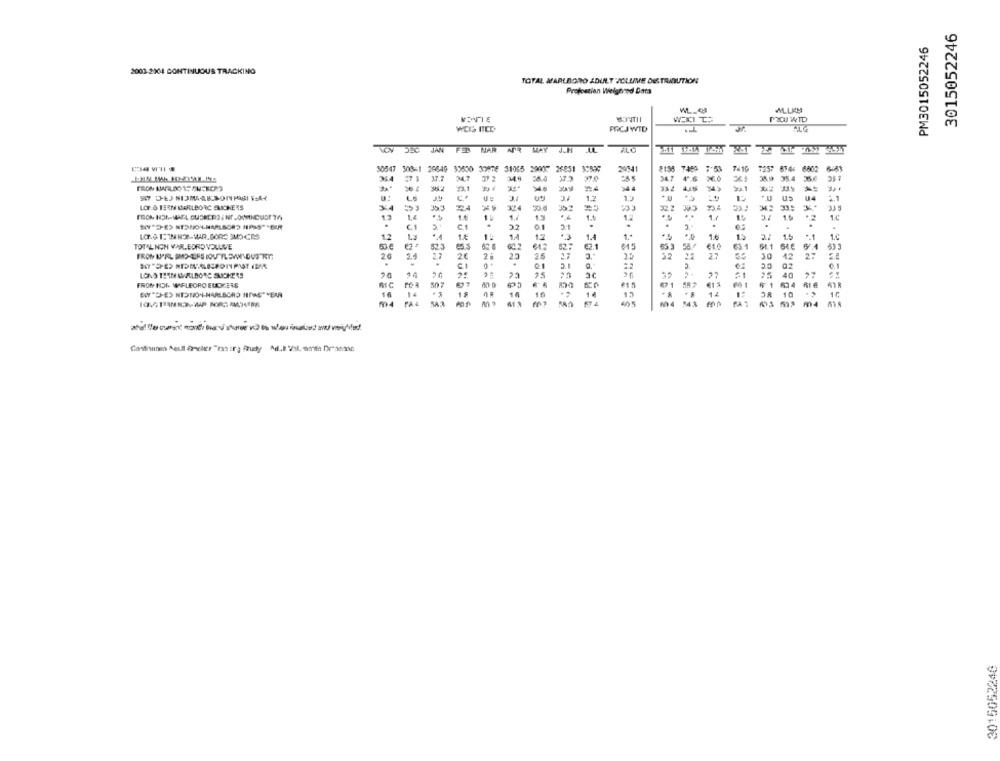
3015052246
PM3015052246
2002-2X4 CONTINUOUS TRACKING
TOTAL MARLBORO ADULT VOLUME DETRIDUTION
Profeszian Weighed Data
MOVIE
PICU WTD
PRCJWTD
FEB NAR AFR WAY JJH JUL
50547 308-1 20649
35650 3397E 31065 29907 26851 3:597
8158 7459
7419
204
6002
34,7
37 2
349
36.0
341
36.0
36.9 35.4
34
1.2
1.3
04
LOF & TERM MARLBORC SUCIKERS
33
324
..
13
1.4
11
1.3
1.5
1.2
15
*2
.
€1
C1
.
3.2
0.1
.
.
..
12
1 ::
1.4
12
-3
1.4
1.
1.6
1.5
1.6
TOTAL NON VAR.BORD VOLLVE
622
€2.1
015
63.1
66.1
64€
6.1
2.7
25
27
27
30
CC
12
27
CI
02
LONS THEM VALBORG SUCKERS
14
25
3€
27
25
40
27
FRON NON WIELEORO ELDRE16
MC
50
#1
RIE
16
18
14
1€
13
14
OR 10
m4
PA
40
m
3015052246